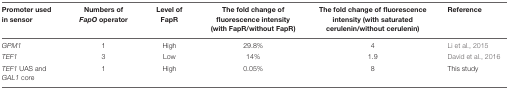
| Promoter used in sensor | Numbers of FapO operator | Level of FapR | The fold change of fluorescence intensity (with FapR/without FapR) | The fold change of fluorescence intensity (with saturated cerulenin/without cerulenin) | Reference |
 | --- | --- | --- | --- | --- | --- |
 | GPM1 | 1 | High | 29.8% | 4 | Li et al., 2015 |
 | TEF1 | 3 | Low | 14% | 1.9 | David et al., 2016 |
 | TEF1 UAS and GAL1 core | 1 | High | 0.05% | 8 | This study |